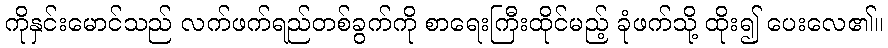
ကိုနှင်းမောင်သည် လက်ဖက်ရည်တစ်ခွက်ကို စာရေးကြီးထိုင်မည့် ခုံဖက်သို့ ထိုး၍ ပေးလေ၏။